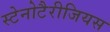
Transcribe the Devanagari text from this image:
स्टेनोटैरीजियस